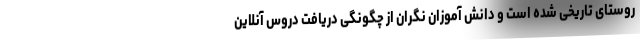
روستای تاریخی شده است و دانش آموزان نگران از چگونگی دریافت دروس آنلاین